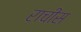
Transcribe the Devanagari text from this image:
राचीस